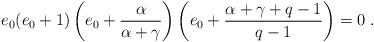
LaTeX: \begin{align*} e_0(e_0+1)\left(e_0+\frac{\alpha}{\alpha+\gamma}\right)\left(e_0+\frac{\alpha+\gamma+q-1}{q-1}\right)=0\;.\end{align*}